Lunatic asylums United Provinces 1909-1921 - 1909-1921
Year: 1909
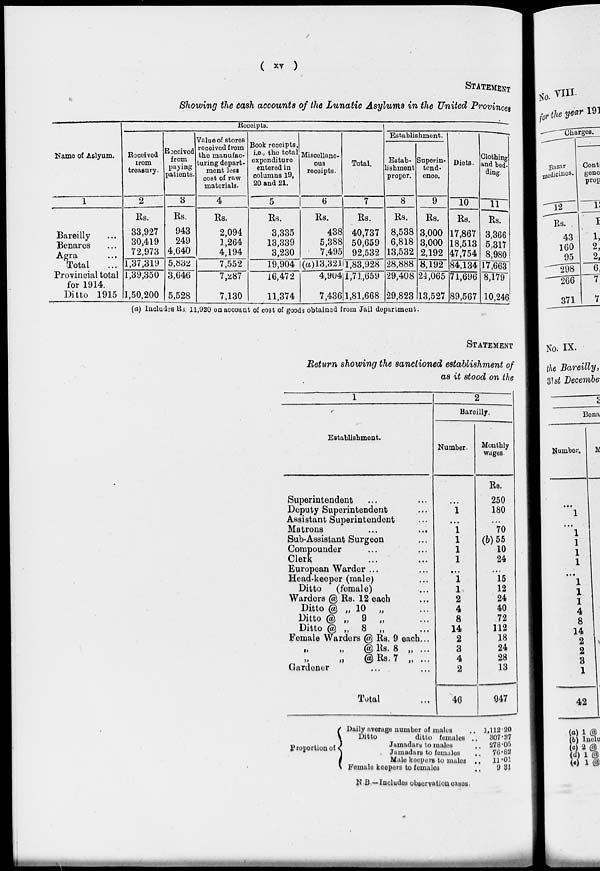
( xv )
STATEMENT
Showing the cash accounts of the Lunatic Asylums in the United Provinces
Name of Aslyum.
1
Bareilly ...
Benares ...
Agra ...
Total ...
Provincial total
for 1914.
Ditto 1915
Receipts.
Received
from
treasury.
2
Rs.
33,927
30,419
72,973
1,37,319
1,39,350
1,50,200
Received
from
paying
patients.
3
Rs.
943
249
4,640
5,832
3,646
5,528
Value of stores
received from
the manufac-
turing depart-
ment less
cost of raw
materials.
4
Rs.
2,094
1,264
4,194
7,552
7,287
7,130
Book receipts,
i.e., the total
expenditure
entered in
columns 19,
20 and 21.
5
Rs.
3,335
13,339
3,230
19,904
16,472
11,374
Miscellane-
ous
receipts.
6
Rs.
438
5,388
7,495
(a)13,321
4,904
7,436
Total.
7
Rs.
40,737
50,659
92,532
1,83,928
1,71,659
1,81,668
Establishment.
Estab-
lishment
proper.
8
Rs.
8,538
6,818
13,532
28,888
29,408
29,823
Superin-
tend-
ence.
9
Rs.
3,000
3,000
2,192
8,192
24,065
13,527
Diets.
10
Rs.
17,867
18,513
47,754
84,134
71,696
89,567
Clothing
and bedding.
11
Rs.
3,366
5,317
8,980
17,663
8,179
10,246
(a) Includes Rs. 11,920 on account of cost of goods obtained from Jail department.
STATEMENT
Return showing the sanctioned establishment of
as it stood on the
1
Establishment.
Superintendent ... ...
Deputy Superintendent ...
Assistant Superintendent ...
Matrons
...
...
Sub-Assistant Surgeon ...
Compounder ... ...
Clerk ... ...
European Warder ... ...
Head-keeper (male) ...
Ditto
(female) ...
Warders @ Rs. 12 each ...
Ditto @ „ 10 „ ...
Ditto @ „ 9 „ ...
Ditto @ „ 8 „ ...
Female Warders @ Rs. 9 each ...
„
„
@ Rs. 8 „ ...
„
@ Rs. 7 „ ...
Gardener ... ...
Total ...
2
Bareilly.
Number.
...
1
...
1
1
1
1
...
1
1
2
4
8
14
2
3
4
2
46
Monthly
wages.
Rs.
250
180
...
70
(b)55
10
24
...
15
12
24
40
72
112
18
24
28
13
947
Proportion of
Daily average number of males ..
Ditto
ditto females ..
Jamadars to males ...
Jamadars to females ..
Male keepers to males ..
Female keepers to females
..
1,112.20
307.27
278.05
76.82
11.01
9.31
N.B. —Includes observation cases.